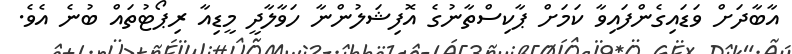
އާބާދަށް ވަޑައިގެންފައިވާ ކަމަށް ޕާކިސްތާނުގެ އޮފިޝަލުންނާ ހަވާލާދީ މީޑިއާ ރިޕޯޓުތައް ބުނެ އެވެ.